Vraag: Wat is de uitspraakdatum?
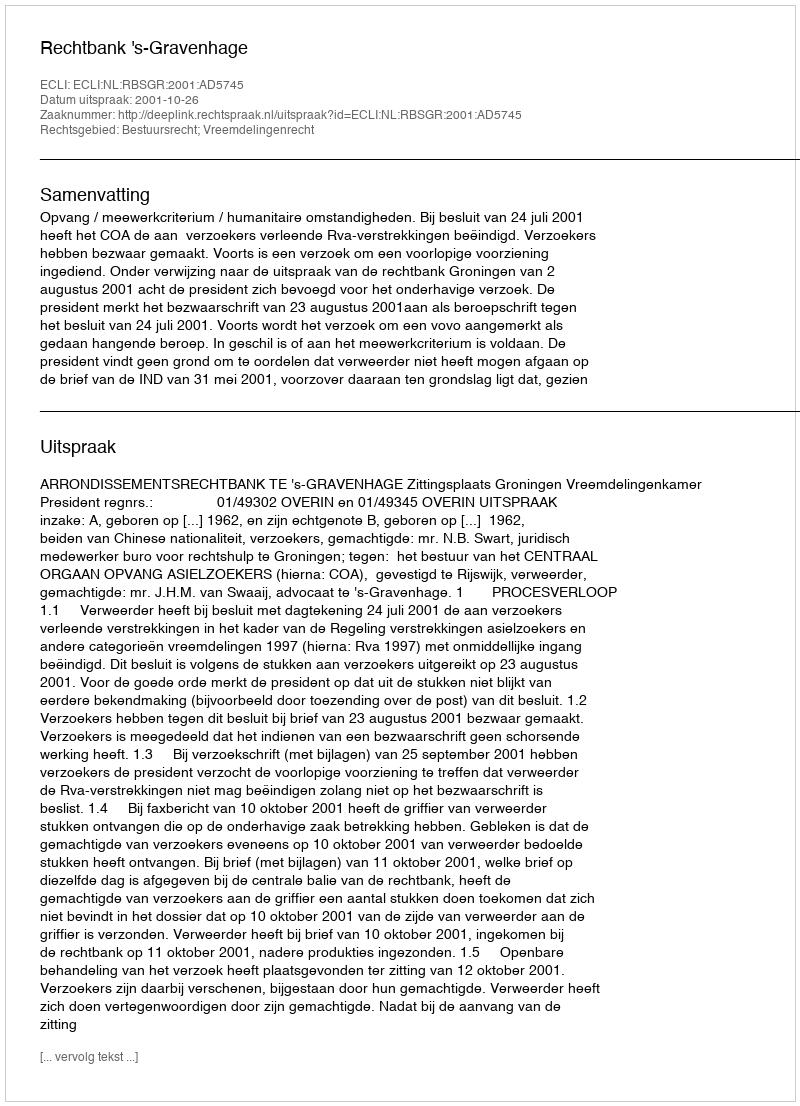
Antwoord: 2001-10-26